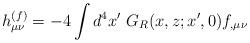
LaTeX: \begin{align*}h^{(f)}_{\mu\nu}=-4 \int d^4x'~G_R(x,z;x',0)f_{, \mu\nu}\end{align*}